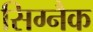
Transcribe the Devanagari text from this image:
सिग्‍नैक